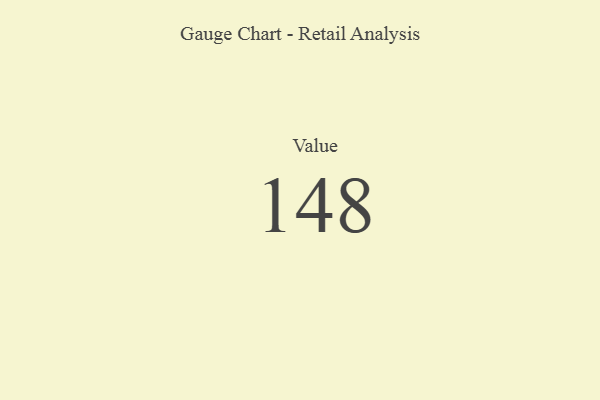
{"axis": {"x": "Metric", "y": "Value"}, "legend": [""], "data": [{"x": "Value", "y": 148, "type": ""}]}